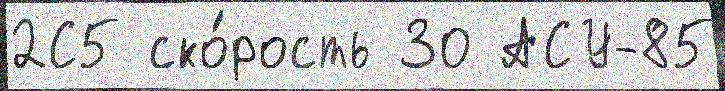
2С5 ско́рость 30 АСУ-85